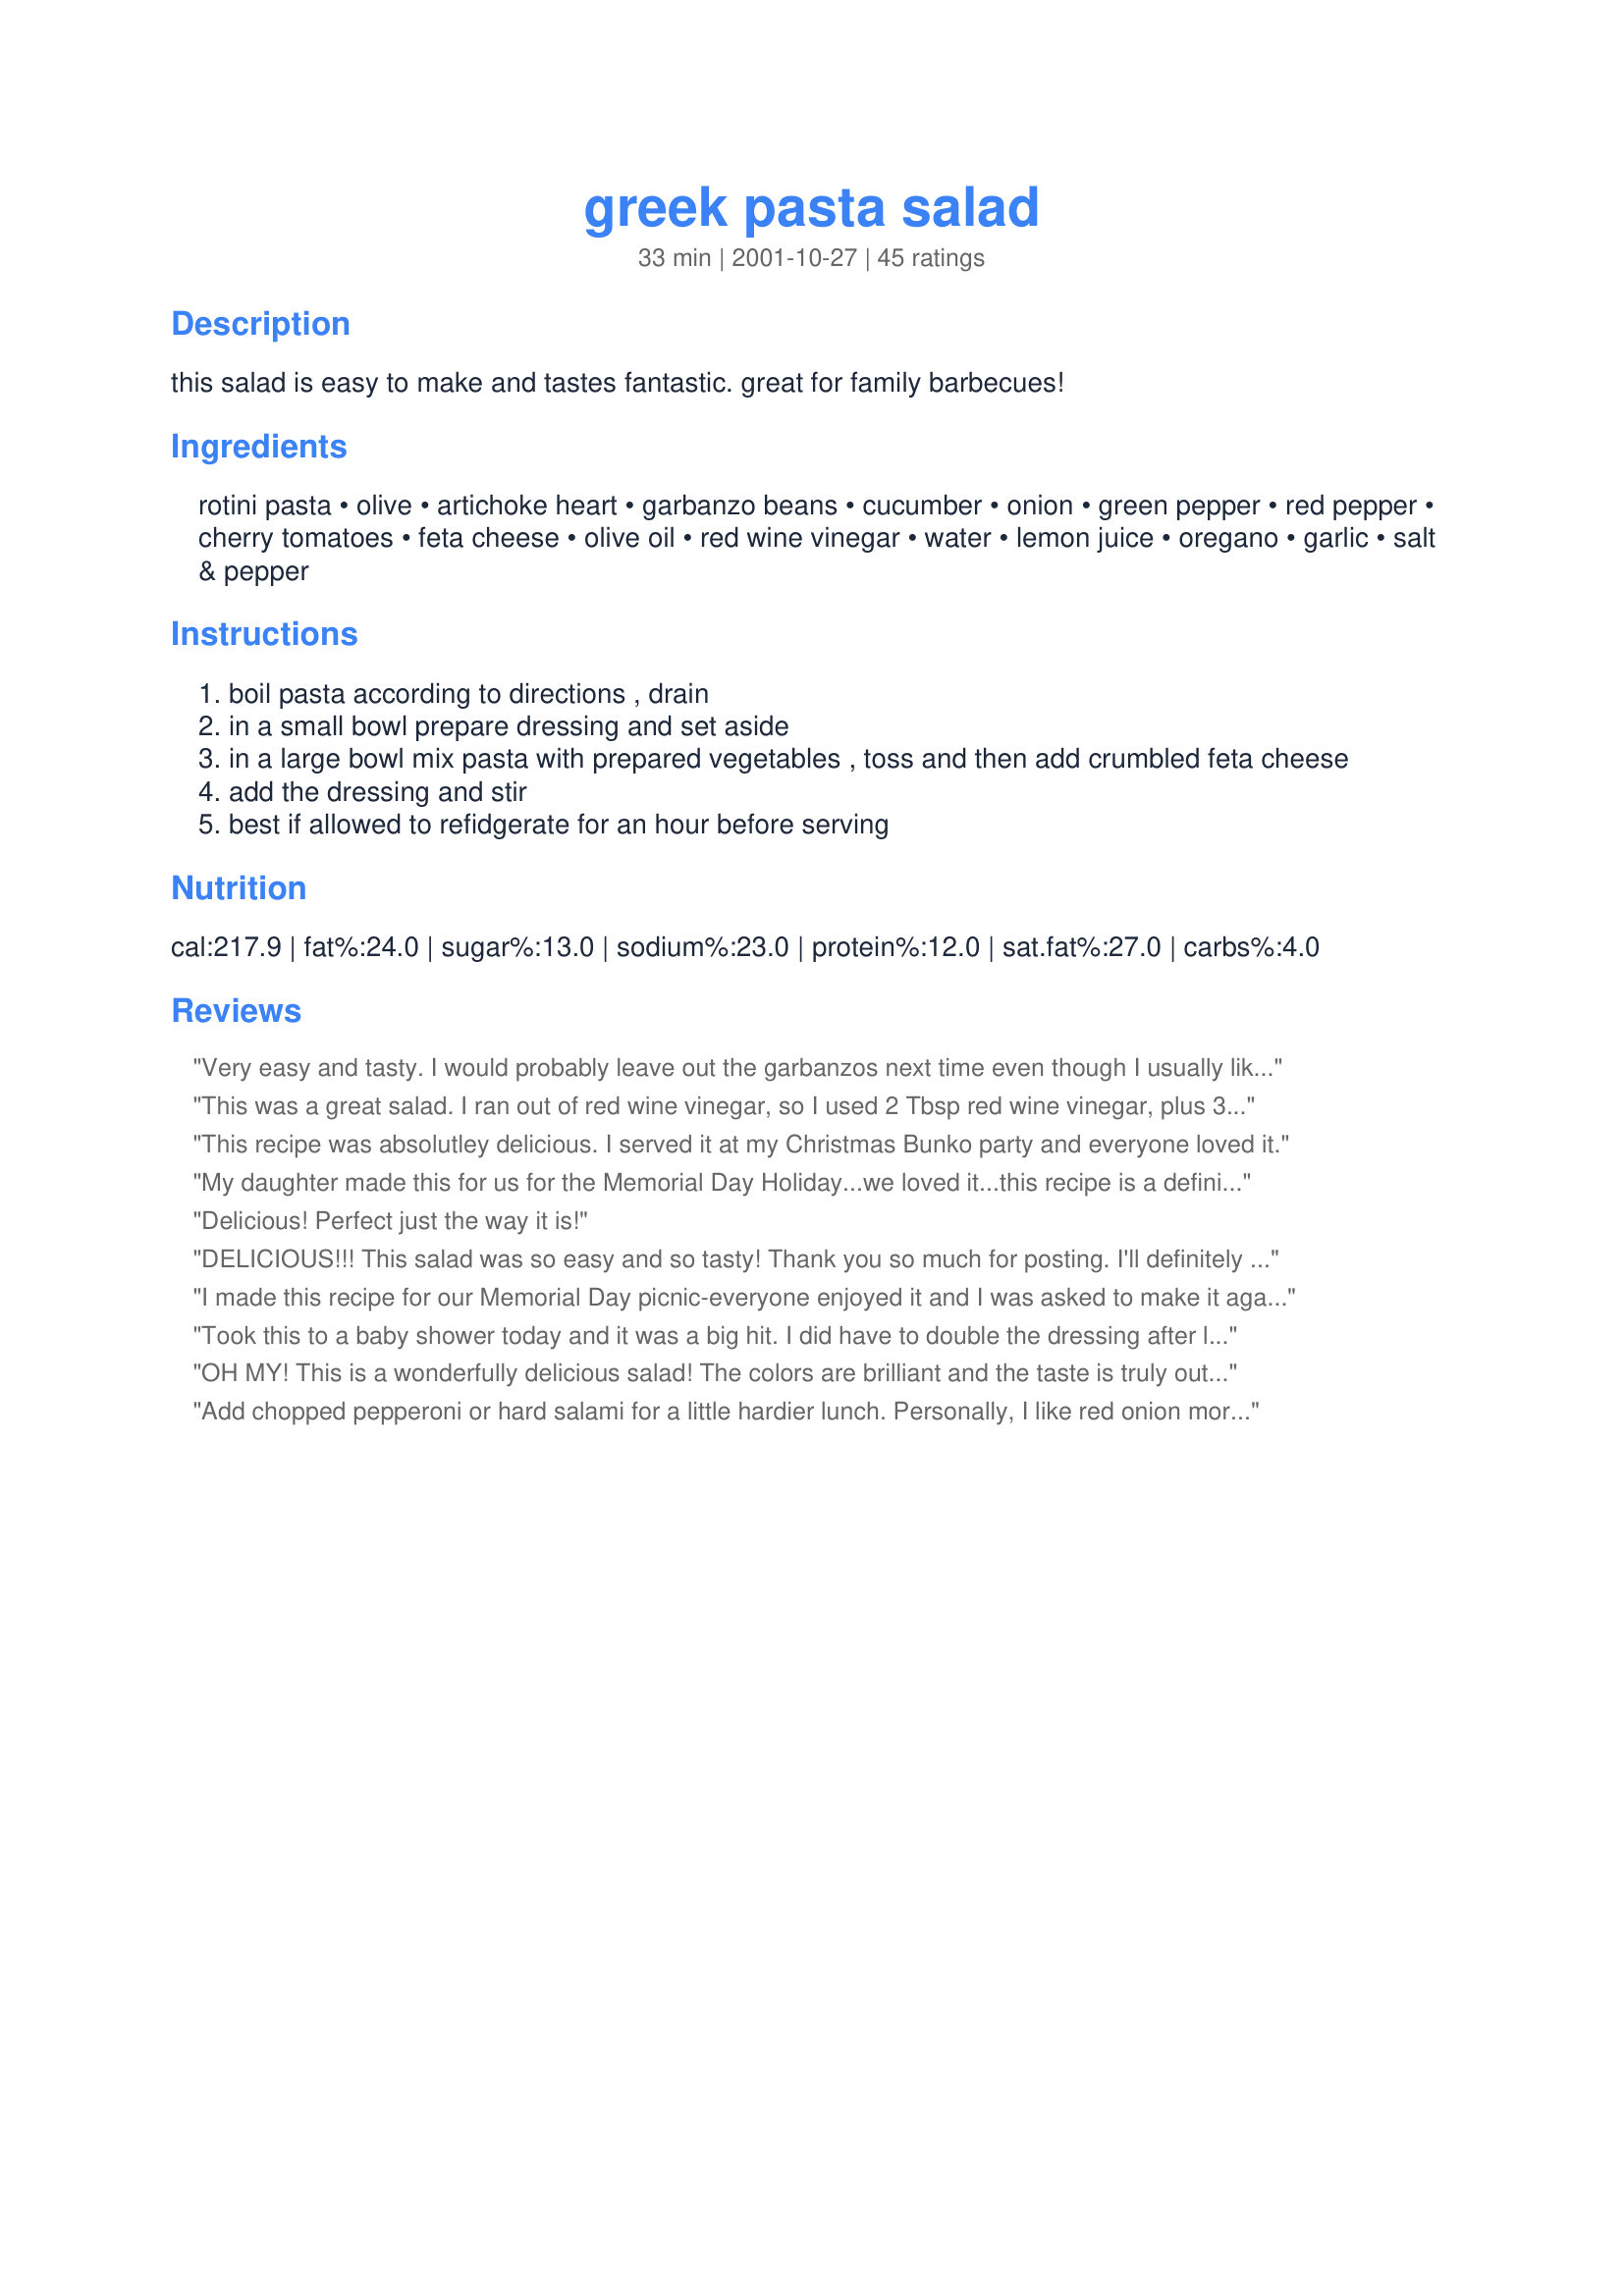
greek pasta salad
Preparation time: 33 minutes

this salad is easy to make and tastes fantastic. great for family barbecues!

Ingredients:
rotini pasta, olive, artichoke heart, garbanzo beans, cucumber, onion, green pepper, red pepper, cherry tomatoes, feta cheese, olive oil, red wine vinegar, water, lemon juice, oregano, garlic, salt & pepper

Steps:
boil pasta according to directions , drain
in a small bowl prepare dressing and set aside
in a large bowl mix pasta with prepared vegetables , toss and then add crumbled feta cheese
add the dressing and stir
best if allowed to refidgerate for an hour before serving

Reviews:
Very easy and tasty. I would probably leave out the garbanzos next time even though I usually like them -to let the feta shine through with the veggies. I also doubled the dressing and poured half on, saved the other half for tomorrow. Overall a great fast salad that would be perfect for picnics!
This was a great salad. I ran out of red wine vinegar, so I used 2 Tbsp red wine vinegar, plus 3 Tbsp balsamic. I didn't have any fresh lemon juice, so I used 4 Tbsp or realremon (bad, I know, but it was still good) I also left out the water and only used 1 large clove of garlic.
This is a very flavourful easy to make salad that I will definatley make again. Thanks Carol.
This recipe was absolutley delicious. I served it at my Christmas Bunko party and everyone loved it.
My daughter made this for us for the Memorial Day Holiday...we loved it...this recipe is a definite keeper...thanks for submitting.
Delicious! Perfect just the way it is!
DELICIOUS!!! This salad was so easy and so tasty! Thank you so much for posting. I'll definitely be making this again.
I made this recipe for our Memorial Day picnic-everyone enjoyed it and I was asked to make it again for a graduation party next week! The only thing I changed was that I doubled the dressing ingredients (except for the garlic and oregano)-the mixture seemed a little dry when I followed the directions so i just doubled the liquid amounts-PERFECT!
Took this to a baby shower today and it was a big hit. I did have to double the dressing after letting it rest overnight as the pasta soaked up the dressing and became too dry. But the flavors were great. Have already emailed it to other guests who loved it!!
OH MY! This is a wonderfully delicious salad! The colors are brilliant and the taste is truly out of this world! The homemade dressing really makes this salad! I have made this numerous times - I double or triple depending on the event- and there is NEVER any left! I have also given out numerous copies of Carol's recipe! Thanks Carol for sharing this WONDERFUL salad! It is in my personal recipe box - rated 5 stars!
Add chopped pepperoni or hard salami for a little hardier lunch. Personally, I like red onion more than white or yellow onions in this.
This recipe was very easy to make and tasted wonderful. I left out the olives (I hate olives) and the artichokes (none at home). It didn't stop anyone from making a healthy dent in this salad. I would make this salad again because it was so easy and so enjoyable. Thanks, Carol.
This recipe is always a hit in my circle. I suggest always making double because you will definetly want more the next day!
Something different and really delicious! We will share this one with family during our Sunday barbecues this summer!
Very good. I didn't use the dressing opting to use Ken's Steakhouse Greek dressing. I also used calamata olives and banana pepper rings from a jar rather than fresh green and red peppers. I also served the feta on the side since 2 of us like it and 2 of us don't. Everyone enjoyed this salad. It was a nice, light and easy dinner for a hot summer day. Thanks for posting, I'll be making this again.
I was in need of a good pasta salad & then came accross this one, liked the ingredients & so decided to make for my card party. An awesome salad with great flavors traveling all through these delicious ingredients. I also used greek olives and added about 2 more tablespoons of olive oil. This was tasty, tasty and more tasty the next day (I assume it would be) mine did not make it that far. Thanks Carol for this great keeper,
i made a great pasta salad tonight based on this recipe. bo beans, i added capers, anchovies, used fresh kalamata olives, feta cheese and fresh basil and oregano from my garden. fresh salt and pepper, served with shrimp and lemon wedges, just right.
This is a good base, but it required a LOT of editing to make it flavorful. It was quite bland otherwise.
I made this pasta salad and took it to a barbecue on Labor day. It was soooo yummy. I followed the recipe exactly. Next time. I think I'll add more olive oil and feta. Everyone loved it! I tried it a second time using 3/4 bottle of Greek salad dressing. Even better!
Absolutly heavenly! I love the feta!
This did not work for me. It had very little flavor and was kind of dry.
Excellent salad that was easy. My substitutions...didn't have olives, or green pepper. Cut up the artichokes fairly small. After getting the lemon juice, diced up the rest of the lemon, pulp and peel and added to the dressing. Shredded some leftover chicken from last night. Served mine over arugula, with a flat bread. Excellent.
I made this salad for a pot-luck baby shower and it was delicious!! The dressing was great, but I doubled it as another reviewer suggested. I'll be making this salad again and again. Thanks for posting Carol!!
This Greek pasta salad is fantastic! DH and I made the full amount for lunch and are looking forward to taking leftovers to work for lunch this week. Very fresh tasting and the dressing is delicious. I followed all directions as posted except that I used kalamata olives in place of black olives, to taste. I am already imagining all of the summer BBQs I will bring this salad to. This is definitely a keeper. Thanks for posting!
We liked it although we thought the dressing was too acidic. I doubled the dressing because I think it would have been dry. I also wasn't sure whether it was dry or fresh oregano so I used 1/2 the recommended quantity of dried oregano. I used both black and green olives. I used a 4 ounce package of feta cheese and I think it could have used more.
Firstly, I&#039;d like to give thanks for adding this salad to the site. I don&#039;t generally go crazy over salads, especially when it has pasta in it, but this one was amazing! I made one change -- I used fresh greek oregano from my garden instead of dried, about one large handful. In the future, I&#039;ll omit the artichokes since my daughter wasn&#039;t crazy over it and I agree. I served the feta on the side since I&#039;m the only one who likes feta. I think it finished an already really good salad. Oh yeah, I also only used half a box of pasta, since it makes A TON of salad even without that. It was a great filling lunch for my kids and me. We made the pasta in the morning (since it is summer and we didn&#039;t want to heat up the house) and then added everything else immediately before lunch. I will have to try it in an hour or so since it is suggested to be even better after sitting a while. My insides (as well as my kids&#039;) are happy now :).
Very delish! I doubled the recipe to have enough to take to work and My 16 yo daughter loved it so much she took the leftovers to school for lunch two days in a row. I roasted the garbanzo beans as another reviewer recommended but DD said she'd have preferred them not roasted. I left out the cucumber because I was afraid of how it would hold up as leftovers. I also roasted the artichoke hearts and then cut the quarters in half. I tripled the amount of dressing instead of just doubling it making a portion of it bottled greek dressing and about half a cup of mayo because I like my pasta salad creamy. Folks from 16 to 70 loved it. I took some to my dad since my mom was out of town and he raved about it and saved a little for my mom to taste when she got home. She asked where I had bought it. LOL DD cant wait for me to make it again so she can have it for lunch. Thank you Carol and the reviewers additions for a great pasta salad. Update- Made this week and left out the garbanzo beans and cucumber and used a whole bottle of greek salad dressing, I doubled the olives and artichoke hearts peppers and left out the onion It was Wonderful! Again thank you for the fab recipe!
I have made this Greek pasta salad many times, and I'm always asked for the recipe. This is by far the best Greek pasta I have ever had. LOVE IT!!!!!
My b/f and I had planned a picnic for last Sunday and I wanted to make some special things. This was one of them and was just wonderful - I think next time I'll double the feta (which I love) and leave out the chick peas (which I hate, lol). By the way - he proposed at the end of the picnic, so cooking all these 'Zaar recipes must have done some good! :)
I made this with multi-colored sprial pasta and I switched out half an orange pepper for the half a red pepper. Next time I will leave the garbanzo beans out but other than that it was enjoyed by all.
We are used to a more oily dressing. I had to double the oil and it is still too watery for me. Next time, I&#039;ll replace water by olive oil. 3 cloves of garlic is plenty and I added 1 teaspoon of Dijon mustard. Lemon juice MUST be fresh, I used 4 tbs but reduced the vinegar of 1 tbs. Very versatile as for the salad itself. I used sun dried tomatoes in oil, kalamata olives, broccoli florets, tomatoes, 3 green onions and red pepper. Good feta cheese takes this salad to another level...
This recipe is just PERFECT! The only change I made was roasting the garbanzo beans in the oven w/ chili powder, salt, oregano and olive oil for 1 hr (approx) on 350 until they turned nice and crunchy to have a crunchy topping for the salad (I love texture in salads!). I WILL be making this again!! Thanks for a great recipe!
Had to change some since I was out of some of the items.<br/> Used 1/2 red and 1/2 yellow peppers, was out of artichokes so I omitted them, added 3 green onions, omitted gazpacho beans, I has some spicy marinated garlic so I used that and multi colored pasta
Dressing has a great flavor but amount needs to be doubled - it is quickly absorbed by the pasta. Kalamata olives worked very nicely in this salad, but i&#039;m not sure the texture of the garbanzos fit in (the taste is fine, though). Overall, an enjoyable dish.
Pat in Ogden

This was great. It was especially good the second day. Easy to make and easy to eat. Thank you for this salad which I intend to make again and again.
Made this yesterday for family birthday party....all the women asked for the recipe! I used a bottled greek dressing from a local Greek restaurant and it was excellent!!!! You really should make it in the morning so it has all day to marinate.I also added another bottle of dressing before serving.I did make a box and a half of the pasta,so needed more dressing.Like all pasta,it's even better on day 2 !!! A must try if you like these ingredients.Thanks for sharing Carol!!! 
Angie D. in Omaha,NE
I made this recipe for a pot-luck birthday party, and it received RAVE reviews! I will definitely make this one again. I also considered adding a can (or two) of tuna to the recipe to make it a complete meal.
I thought this pasta dish was extremely easy to make, but the dressing wasn't nearly enough, next time I would at least double the amount of dressing!
Excellent recipe and one of the BEST pasta salads I have ever had. I used fresh greek oregano, a small jar of "marinated" artichokes, drained, along with both black & manzanilla olives; and then topped w/ greek peppers. I thought it was best after being refrigerated at least 24 hours to allow the flavors marry.
A very nice salad. I admit, I didn't use alot of the veggies (my kids dont approve), but what we did use was really good. I think its better the next day so next time I will let it sit overnight to soak up some of that yummy goodness. thank you for sharing your recipe with us.
I loved this recipe. My husbands family is greek and I made it for them (without the beans and artichoke) and they all loved it. The dressing is great!!
Great pasta salad. It has become an entertaiinment staple in our house.
Wonderful salad. I used Kalamata olives in addition to the black olives. I think next time I will make extra dressing because I found the salad was a little dry the next day. Thanks!
This was absolutly delightful. It's the first time ever making a pasta salad. The dressing is something really special. I only wish I had more friends around to taste it and I can't wait for a party to make it again. Definately a keeper. Thanks for posting.
This was a good-for-you recipe that was pretty easy and made a lot. To lower the pasta amount I only used 12 ounces of whole wheat rotini. Instead of half a red pepper and half a green pepper I used a whole yellow pepper so there were no leftovers. I did cut down a bit on the olive oil and instead of feta I used &quot;tree&quot; cheese (made out of nuts) since we are vegans. I used green olives but kalamata olives would have been good too. Had I read the reviews before I made the recipe, I probably would have increased the dressing. I will add more to the leftovers.
Hey, this doesn't have to be a summer salad -- I made it for a President's Day (Feb.) potluck, and it turned out great. I made it pretty much as written, except that I added some grilled chicken to make it more of a main course ... and I took someone else's suggestion and doubled the amount of dressing (and tripled the garlic!) Wonderful flavor, and great for a potluck. Thanks for posting this!
